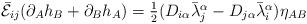
LaTeX: \begin{align*}\bar{\cal E}_{ij}(\partial_{A}h_{B}+\partial_{B}h_{A})=\textstyle{\frac{1}{2}}(D_{i\alpha}\bar{\lambda}^{\alpha}_{j}-D_{j\alpha}\bar{\lambda}^{\alpha}_{i})\eta_{AB}\end{align*}